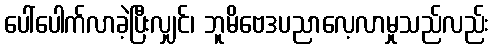
ပေါ်ပေါက်လာခဲ့ပြီးလျှင်၊ ဘူမိဗေဒပညာလေ့လာမှုသည်လည်း